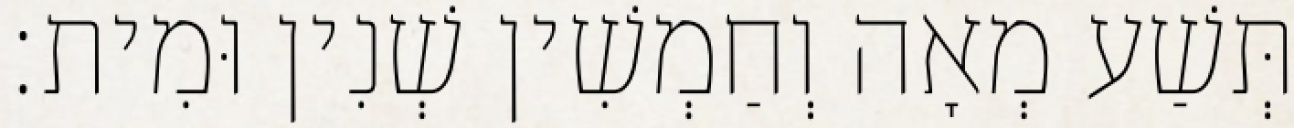
תְּשַׁע מְאָה וְחַמְשִׁין שְׁנִין וּמִית׃